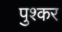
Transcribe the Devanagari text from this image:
पुश्कर